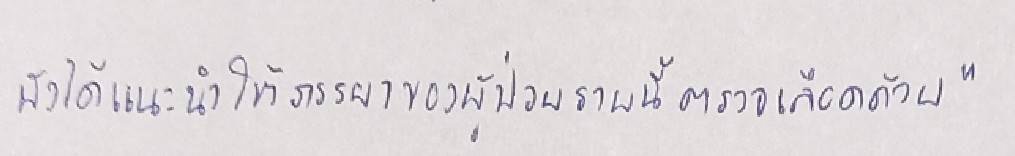
ยังได้แนะนำให้ภรรยาของผู้ป่วยรายนี้ตรวจเลือดด้วย"